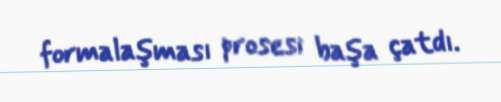
formalaşması prosesi başa çatdı.